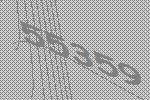
55359